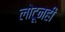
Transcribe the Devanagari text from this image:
लोटूनही